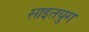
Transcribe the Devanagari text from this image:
साइतयुग